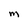
Character: m